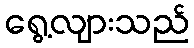
ရွေ့လျားသည်